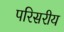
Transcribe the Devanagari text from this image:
परिसरीय